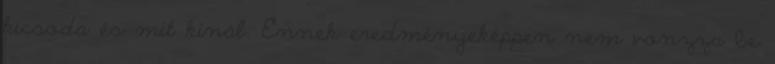
kicsoda és mit kínál. Ennek eredményeképpen nem vonzza be